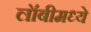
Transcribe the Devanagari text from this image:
लॉबीमध्ये